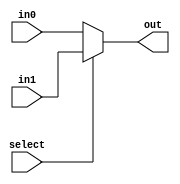
module mux1bit_2(select,in0,in1,out);
	input in0,in1;
	input select;
	output out;
	assign out = select ? in1:in0;
endmodule